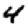
Digit: 4